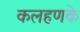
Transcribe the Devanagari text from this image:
कलहणके